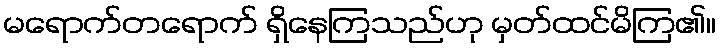
မရောက်တရောက် ရှိနေကြသည်ဟု မှတ်ထင်မိကြ၏။